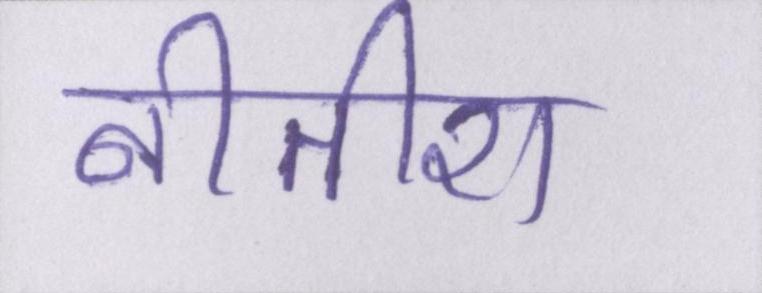
नीतीश